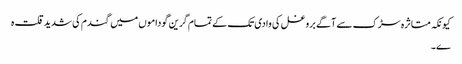
کیونکہ متاثرہ سڑک سے آگے بروغل کی وادی تک کے تمام گرین گوداموں میں گندم کی شدید قلت ہ
ے ۔